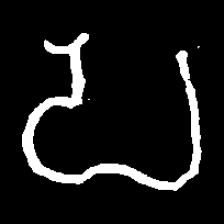
Pyu character \u2014 Myanmar letter: ပ (romanized: pa)